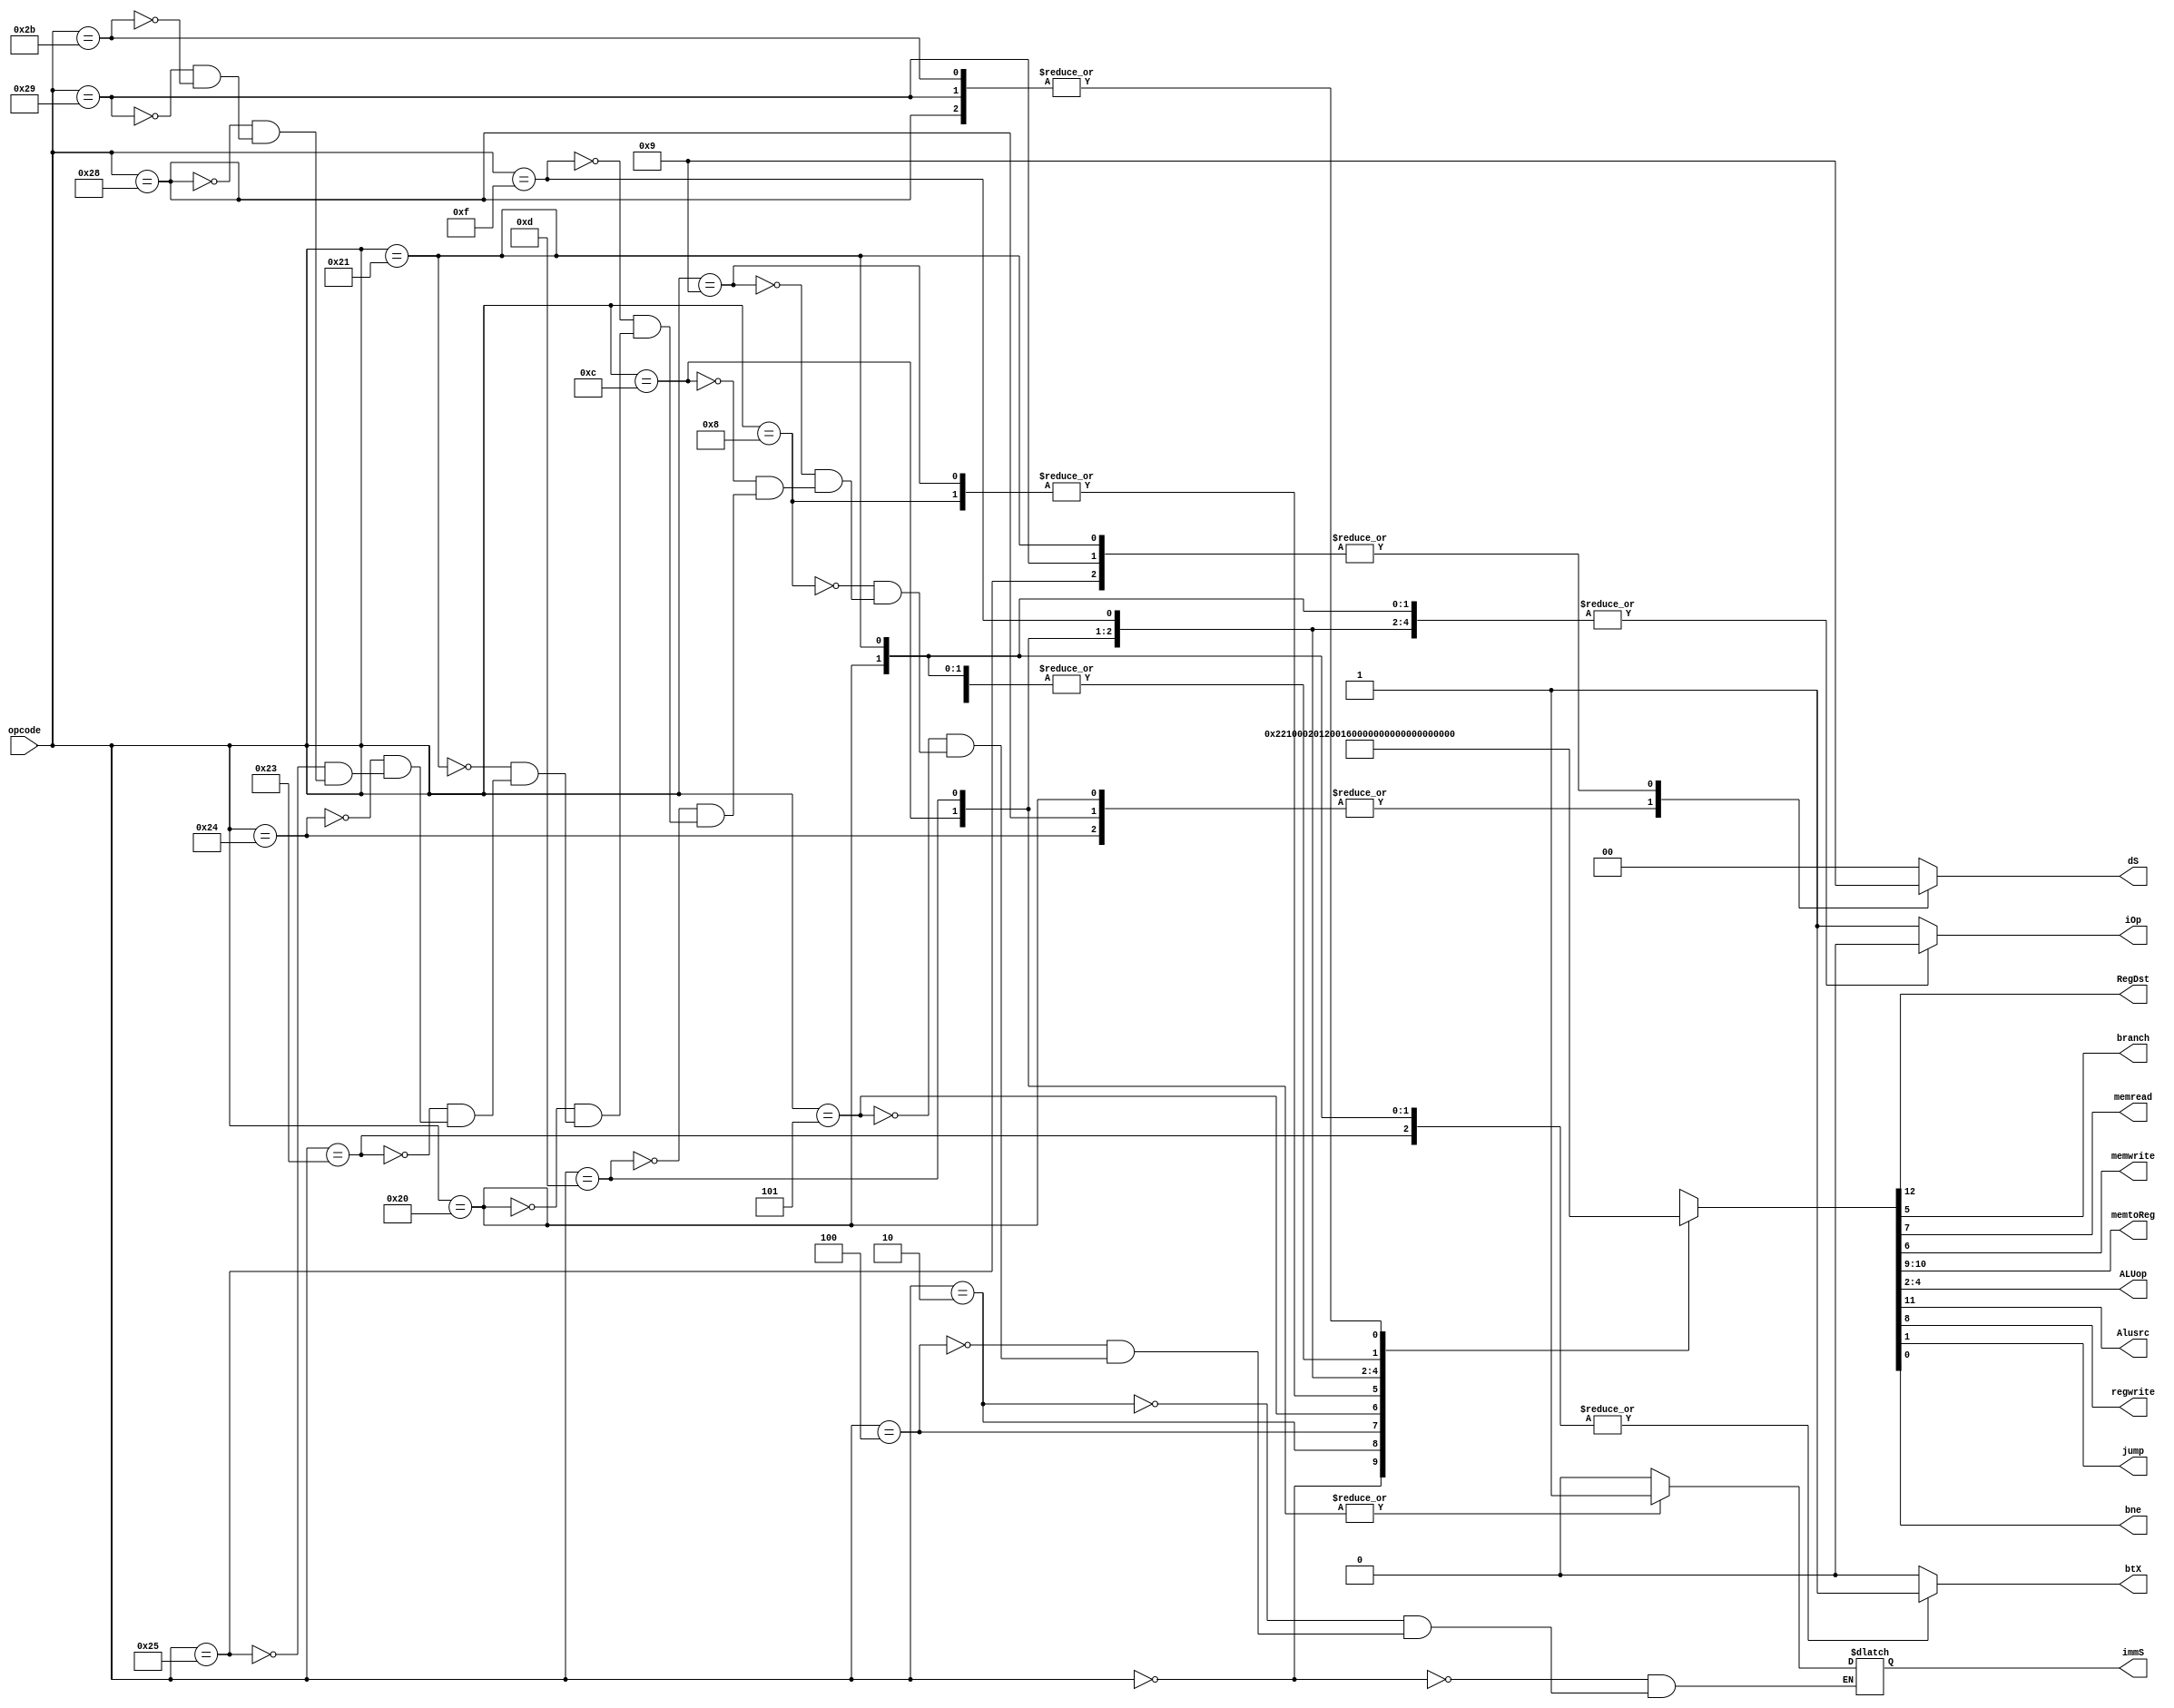
module controlunit(
    input [5:0] opcode,
    output reg RegDst,
    output reg branch,
    output reg memread,
    output reg memwrite,
    output reg [1:0]memtoReg,
    output reg [2:0]ALUop,
    output reg Alusrc,
    output reg regwrite,
    output reg jump,
    output reg bne,
    output reg immS,
    output reg [1:0]dS,
    output reg btX,
    output reg iOp
);

always @(*)
begin
    case (opcode)
      6'd0://R-Format((add,sub,and,or,slt)
      begin
            {RegDst,Alusrc,memtoReg,regwrite,memread,memwrite,branch,ALUop,jump,bne,immS} = {1'b1,1'b0,2'b00,1'b1,1'b0,1'b0,1'b0,3'b010,1'b0,1'b0,1'b0};
            dS=2'b00;
            btX=1'b0;
            iOp = 1'b0;
      end
      6'd2://Jump
      begin
            {RegDst,Alusrc,memtoReg,regwrite,memread,memwrite,branch,ALUop,jump,bne,immS} = {1'b0,1'b0,2'b00,1'b0,1'b0,1'b0,1'b0,3'b000,1'b1,1'b0,1'b0};
            dS=2'b00;
            btX=1'b0;
            iOp = 1'b0;
      end
      6'd4://beq
      begin
            {RegDst,Alusrc,memtoReg,regwrite,memread,memwrite,branch,ALUop,jump,bne,immS} = {1'b0,1'b0,2'b00,1'b0,1'b0,1'b0,1'b1,3'b001,1'b0,1'b0,1'b0};
            dS=2'b00;
            btX=1'b0;
            iOp = 1'b0;
      end
      6'd5://bne
      begin
            {RegDst,Alusrc,memtoReg,regwrite,memread,memwrite,branch,ALUop,jump,bne,immS} = {1'b0,1'b0,2'b00,1'b0,1'b0,1'b0,1'b0,3'b001,1'b0,1'b1,1'b0};
            dS=2'b00;
            btX=1'b0;
            iOp = 1'b0;
      end
      6'd8://addi
      begin
            {RegDst,Alusrc,memtoReg,regwrite,memread,memwrite,branch,ALUop,jump,bne,immS} = {1'b0,1'b1,2'b00,1'b1,1'b0,1'b0,1'b0,3'b000,1'b0,1'b0,1'b0};
            dS=2'b00;
            btX=1'b0;
            iOp = 1'b0;
      end
      6'd9://addiu
      begin
            {RegDst,Alusrc,memtoReg,regwrite,memread,memwrite,branch,ALUop,jump,bne,immS} = {1'b0,1'b1,2'b00,1'b1,1'b0,1'b0,1'b0,3'b000,1'b0,1'b0,1'b0};
            dS=2'b00;
            btX=1'b0;
            iOp = 1'b0;
      end
      6'd12://andi
      begin
            {RegDst,Alusrc,memtoReg,regwrite,memread,memwrite,branch,ALUop,jump,bne,immS} = {1'b0,1'b1,2'b00,1'b1,1'b0,1'b0,1'b0,3'b011,1'b0,1'b0,1'b1};
            dS=2'b00;
            btX=1'b0;
            iOp = 1'b0;
      end
      6'd13://ori
      begin
            {RegDst,Alusrc,memtoReg,regwrite,memread,memwrite,branch,ALUop,jump,bne,immS} = {1'b0,1'b1,2'b00,1'b1,1'b0,1'b0,1'b0,3'b100,1'b0,1'b0,1'b1};
            dS=2'b00;dS=2'b00;
            btX=1'b0;
            iOp = 1'b0;
            btX=1'b0;
            iOp = 1'b0;
      end
      6'd15://lui
      begin
            {RegDst,Alusrc,memtoReg,regwrite,memread,memwrite,branch,ALUop,jump,bne,immS} = {1'b0,1'b0,2'b10,1'b1,1'b0,1'b0,1'b0,3'b000,1'b0,1'b0,1'b0};
            dS=2'b00;
            btX=1'b0;
            iOp = 1'b0;
      end
      6'd32://lb
      begin
            {RegDst,Alusrc,memtoReg,regwrite,memread,memwrite,branch,ALUop,jump,bne,immS} 
          = {1'b0,   1'b1,  2'b01,   1'b1,    1'b1,   1'b0,    1'b0,3'b000, 1'b0,1'b0,1'b0};
            dS=2'b10;//0-Word,1-HWord,2-byte
            btX=1'b1;//1-SignEx,2-ZeroEx
            iOp = 1'b0;
      end
      6'd33://lh
      begin
            {RegDst,Alusrc,memtoReg,regwrite,memread,memwrite,branch,ALUop,jump,bne,immS} 
          = {1'b0,   1'b1,  2'b01,   1'b1,    1'b1,   1'b0,    1'b0,3'b000, 1'b0,1'b0,1'b0};
            dS=2'b01;//0-Word,1-HWord,2-byte
            btX=1'b1;//1-SignEx,2-ZeroEx
            iOp = 1'b0;
      end
      6'd35://loadword
      begin
            {RegDst,Alusrc,memtoReg,regwrite,memread,memwrite,branch,ALUop,jump,bne,immS} 
          = {1'b0,  1'b1,  2'b01,   1'b1,    1'b1,   1'b0,    1'b0,  3'b000,1'b0,1'b0,1'b0};
            dS=2'b00;//0-Word,1-HWord,2-byte
            btX=1'b1;//1-SignEx,2-ZeroEx
            iOp = 1'b0;
      end

      6'd36://lbu
      begin
            {RegDst,Alusrc,memtoReg,regwrite,memread,memwrite,branch,ALUop,jump,bne,immS} 
          = {1'b0,   1'b1,  2'b01,   1'b1,    1'b1,   1'b0,    1'b0,3'b000, 1'b0,1'b0,1'b0};
            dS=2'b10;//0-Word,1-HWord,2-byte
            btX=1'b0;//1-SignEx,2-ZeroEx
            iOp = 1'b0;
      end
      6'd37://lhu
      begin
            {RegDst,Alusrc,memtoReg,regwrite,memread,memwrite,branch,ALUop,jump,bne,immS} 
          = {1'b0,   1'b1,  2'b01,   1'b1,    1'b1,   1'b0,    1'b0,3'b000, 1'b0,1'b0,1'b0};
            dS=2'b01;//0-Word,1-HWord,2-byte
            btX=1'b0;//1-SignEx,2-ZeroEx
            iOp = 1'b0;
      end
      6'd40://sb
      begin
            {RegDst,Alusrc,memtoReg,regwrite,memread,memwrite,branch,ALUop,jump,bne,immS} 
          = {1'b0,   1'b1,  2'b00,   1'b0,    1'b0,   1'b1,    1'b0,3'b000, 1'b0,1'b0,1'b0};
            dS=2'b10;//0-Word,1-HWord,2-byte
            btX=1'b0;//1-SignEx,2-ZeroEx
            iOp = 1'b0;
      end
      6'd41://sh
      begin
            {RegDst,Alusrc,memtoReg,regwrite,memread,memwrite,branch,ALUop,jump,bne,immS} 
          = {1'b0,   1'b1,  2'b00,   1'b0,    1'b0,   1'b1,    1'b0,3'b000, 1'b0,1'b0,1'b0};
            dS=2'b01;//0-Word,1-HWord,2-byte
            btX=1'b0;//1-SignEx,2-ZeroEx
            iOp = 1'b0;
      end
      6'd43://storeword
      begin
            {RegDst,Alusrc,memtoReg,regwrite,memread,memwrite,branch,ALUop,jump,bne,immS}
          = {1'b0,  1'b1,  2'b00,   1'b0,    1'b0,   1'b1,    1'b0,  3'b000,1'b0,1'b0,1'b0};
            dS=2'b00;//0-Word,1-HWord,2-byte
            btX=1'b0;//1-SignEx,2-ZeroEx
            iOp = 1'b0;
      end
      default: 
      begin
        {RegDst,Alusrc,memtoReg,regwrite,memread,memwrite,branch,ALUop,jump,bne} = {1'bx,1'bx,2'bxx,1'bx,1'bx,1'bx,1'bx,3'bxxx,1'bx,1'bx,1'bx};
        dS=2'b00;
        btX=1'b0;
        iOp = 1'b1;
      end
            
    endcase
end

endmodule